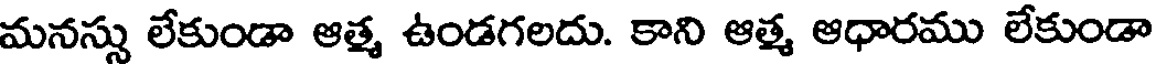
మనస్సు లేకుండా ఆత్మ ఉండగలదు. కాని ఆత్మ ఆధారము లేకుండా